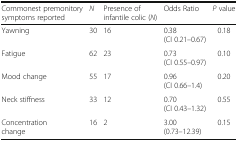
<table><thead><tr><td><b>Commonest premonitory symptoms reported</b></td><td><b><i>N</i></b></td><td><b>Presence of infantile colic (<i>N</i>)</b></td><td><b>Odds Ratio</b></td><td><b><i>P</i> value</b></td></tr></thead><tbody><tr><td>Yawning</td><td>30</td><td>16</td><td>0.38(CI 0.21–0.67)</td><td>0.18</td></tr><tr><td>Fatigue</td><td>62</td><td>23</td><td>0.73(CI 0.55–0.97)</td><td>0.10</td></tr><tr><td>Mood change</td><td>55</td><td>17</td><td>0.96(CI 0.66–1.4)</td><td>0.20</td></tr><tr><td>Neck stiffness</td><td>33</td><td>12</td><td>0.70(CI 0.43–1.32)</td><td>0.55</td></tr><tr><td>Concentration change</td><td>16</td><td>2</td><td>3.00(0.73–12.39)</td><td>0.15</td></tr></tbody></table>